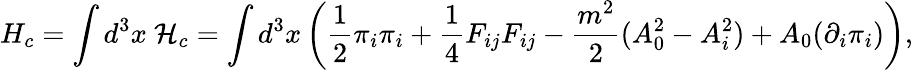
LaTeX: H_{c}={\displaystyle\int d^{3}x~{\cal H}_{c}}={\displaystyle\int d^{3}x\left(\frac{1}{2}{\pi_{i}}{\pi_{i}}+{\frac{1}{4}}F_{ij}F_{ij}-\frac{m^{2}}{2}(A_{0}^{2}-A_{i}^{2})+A_{0}({\partial_{i}}\pi_{i})\right),}